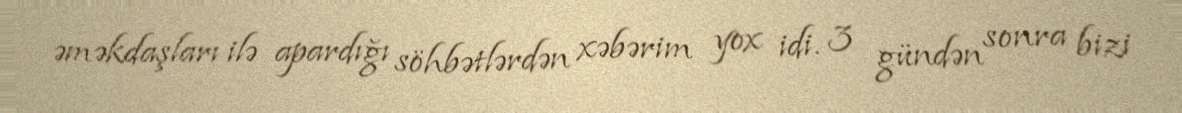
əməkdaşları ilə apardığı söhbətlərdən xəbərim yox idi. 3 gündən sonra bizi